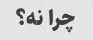
چرا نه؟